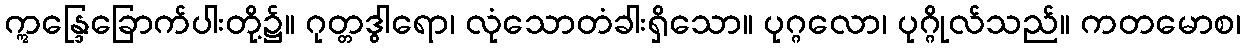
ဣန္ဒြေခြောက်ပါးတို့၌။ ဂုတ္တဒွါရော၊ လုံသောတံခါးရှိသော။ ပုဂ္ဂလော၊ ပုဂ္ဂိုလ်သည်။ ကတမောစ၊